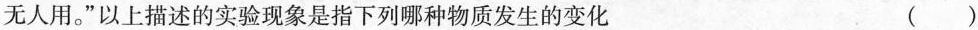
无人用。”以上描述的实验现象是指下列哪种物质发生的变化（）